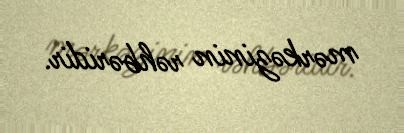
mərkəzinin rəhbəridir.